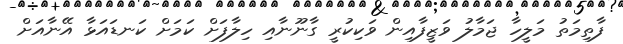
ފާތިމަތު މަލީހާ ޖަމާލު ވަޒީފާއިން ވަކިކުރީ ގާނޫނާއި ހިލާފަށް ކަމަށް ކަނޑައަޅާ އޭނާއަށް